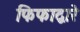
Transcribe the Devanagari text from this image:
फिफाद्वारे